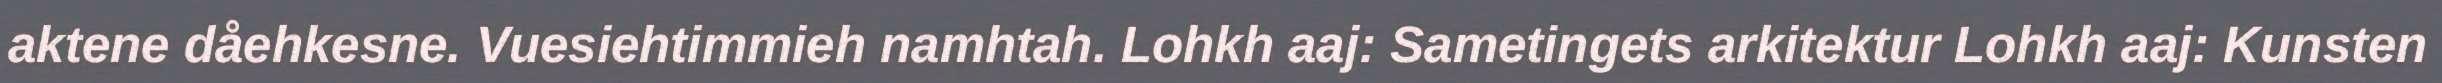
aktene dåehkesne. Vuesiehtimmieh namhtah. Lohkh aaj: Sametingets arkitektur Lohkh aaj: Kunsten